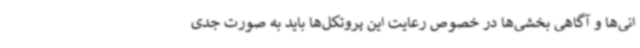
انی‌ها و آگاهی بخشی‌ها در خصوص رعایت این پروتکل‌ها باید به صورت جدی